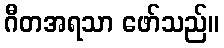
ဂီတအရသာ ဖော်သည်။